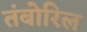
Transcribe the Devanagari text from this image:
तंबोरिल